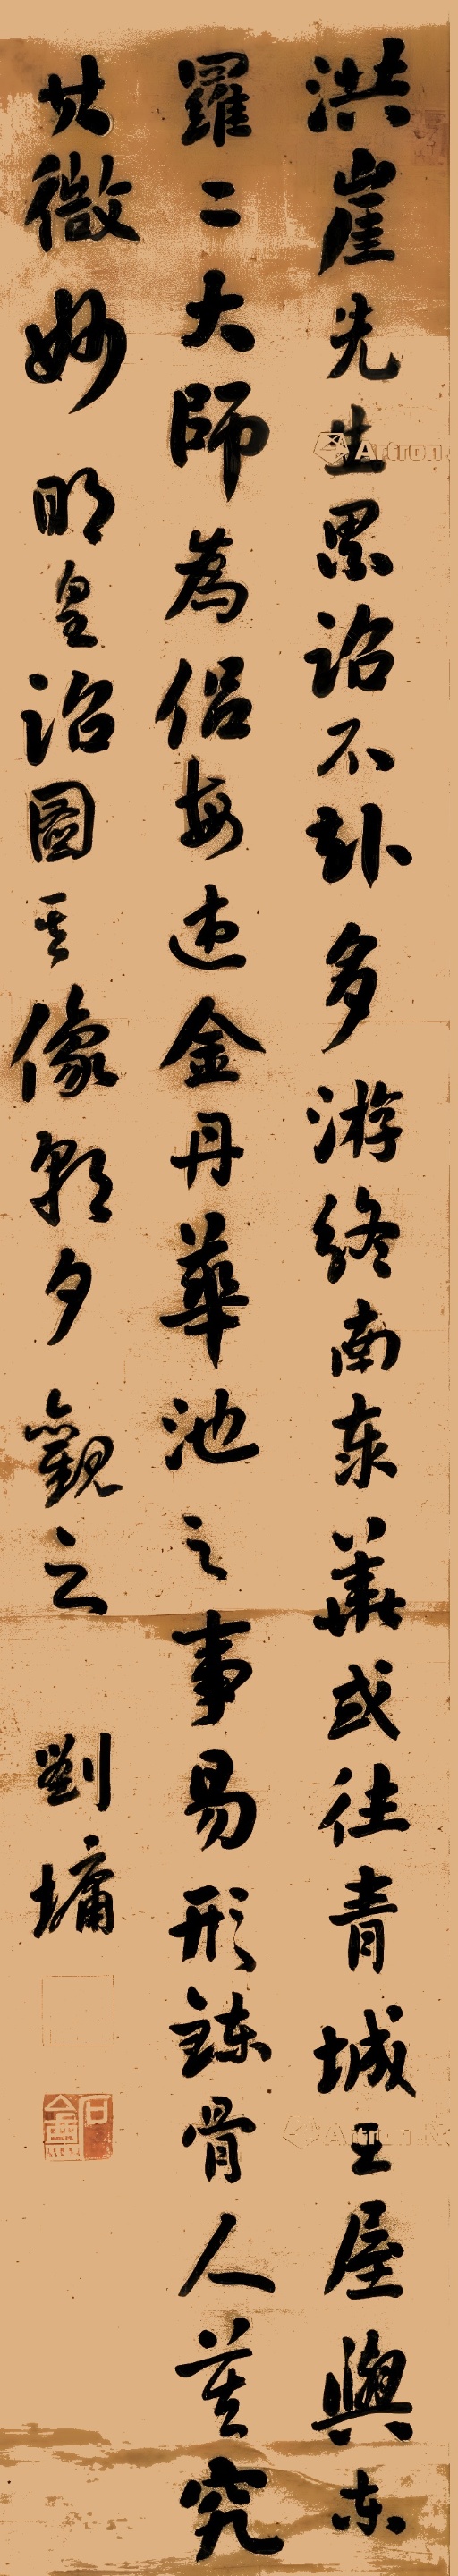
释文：洪崖先生累诏不赴，多游终南泰华，或往青城王屋。与东罗二大师为侣，每述金丹华池之事。易形炼骨。人莫究其微妙，明皇诏图其像，朝夕观之。